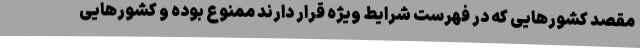
مقصد کشورهایی که در فهرست شرایط ویژه قرار دارند ممنوع بوده و کشورهایی